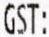
GST: